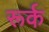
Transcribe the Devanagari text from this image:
रूर्क